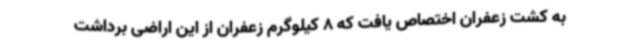
به کشت زعفران اختصاص یافت که 8 کیلوگرم زعفران از این اراضی برداشت